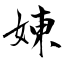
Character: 娻